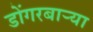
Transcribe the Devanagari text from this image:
डोंगरबाऱ्या